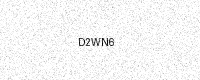
Text: D2WN6